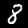
Label: 8